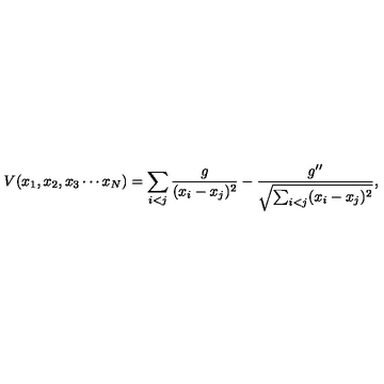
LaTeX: V ( x _ { 1 } , x _ { 2 } , x _ { 3 } \cdots x _ { N } ) = \sum _ { i < j } { \frac { g } { ( x _ { i } - x _ { j } ) ^ { 2 } } } - \frac { g ^ { \prime \prime } } { \sqrt { \sum _ { i < j } ( x _ { i } - x _ { j } ) ^ { 2 } } } ,